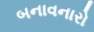
બનાવનારો